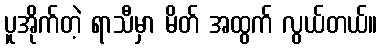
ပူအိုက်တဲ့ ရာသီမှာ မိတ် အထွက် လွယ်တယ်။